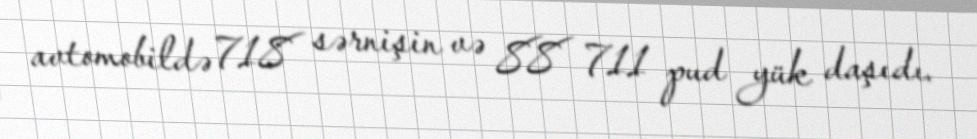
avtomobildə 718 sərnişin və 88 711 pud yük daşıdı.